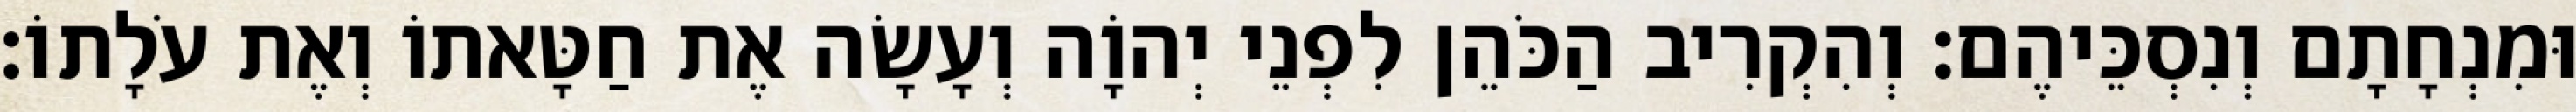
וּמִנְחָתָם וְנִסְכֵּיהֶם׃ וְהִקְרִיב הַכֹּהֵן לִפְנֵי יְהוָֹה וְעָשָׂה אֶת חַטָּאתוֹ וְאֶת עֹלָתוֹ׃